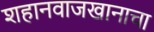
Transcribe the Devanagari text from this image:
शहानवाजखानाचा